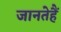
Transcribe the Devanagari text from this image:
जानतेहैं